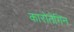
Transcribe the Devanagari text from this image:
कारोतेगिन